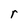
Character: r